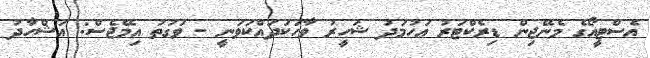
އެސްޓީއޯގެ މެނޭޖިން ޑިރެކްޓަރު އަހުމަދު ޝަހީރު ވާހަކަދައްކަވަނީ - ވަގުތު އިމޭޖެސް: އަޝްހާދު